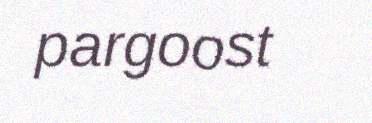
pargoost